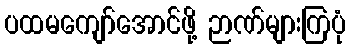
ပထမကျော်အောင်ဖို့ ဉာဏ်များကြပုံ